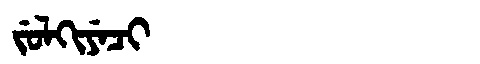
Manchu: ᠵᡠᠯᡴᡳᠶᡝᠴᡳ
Romanization: JULKIYECI